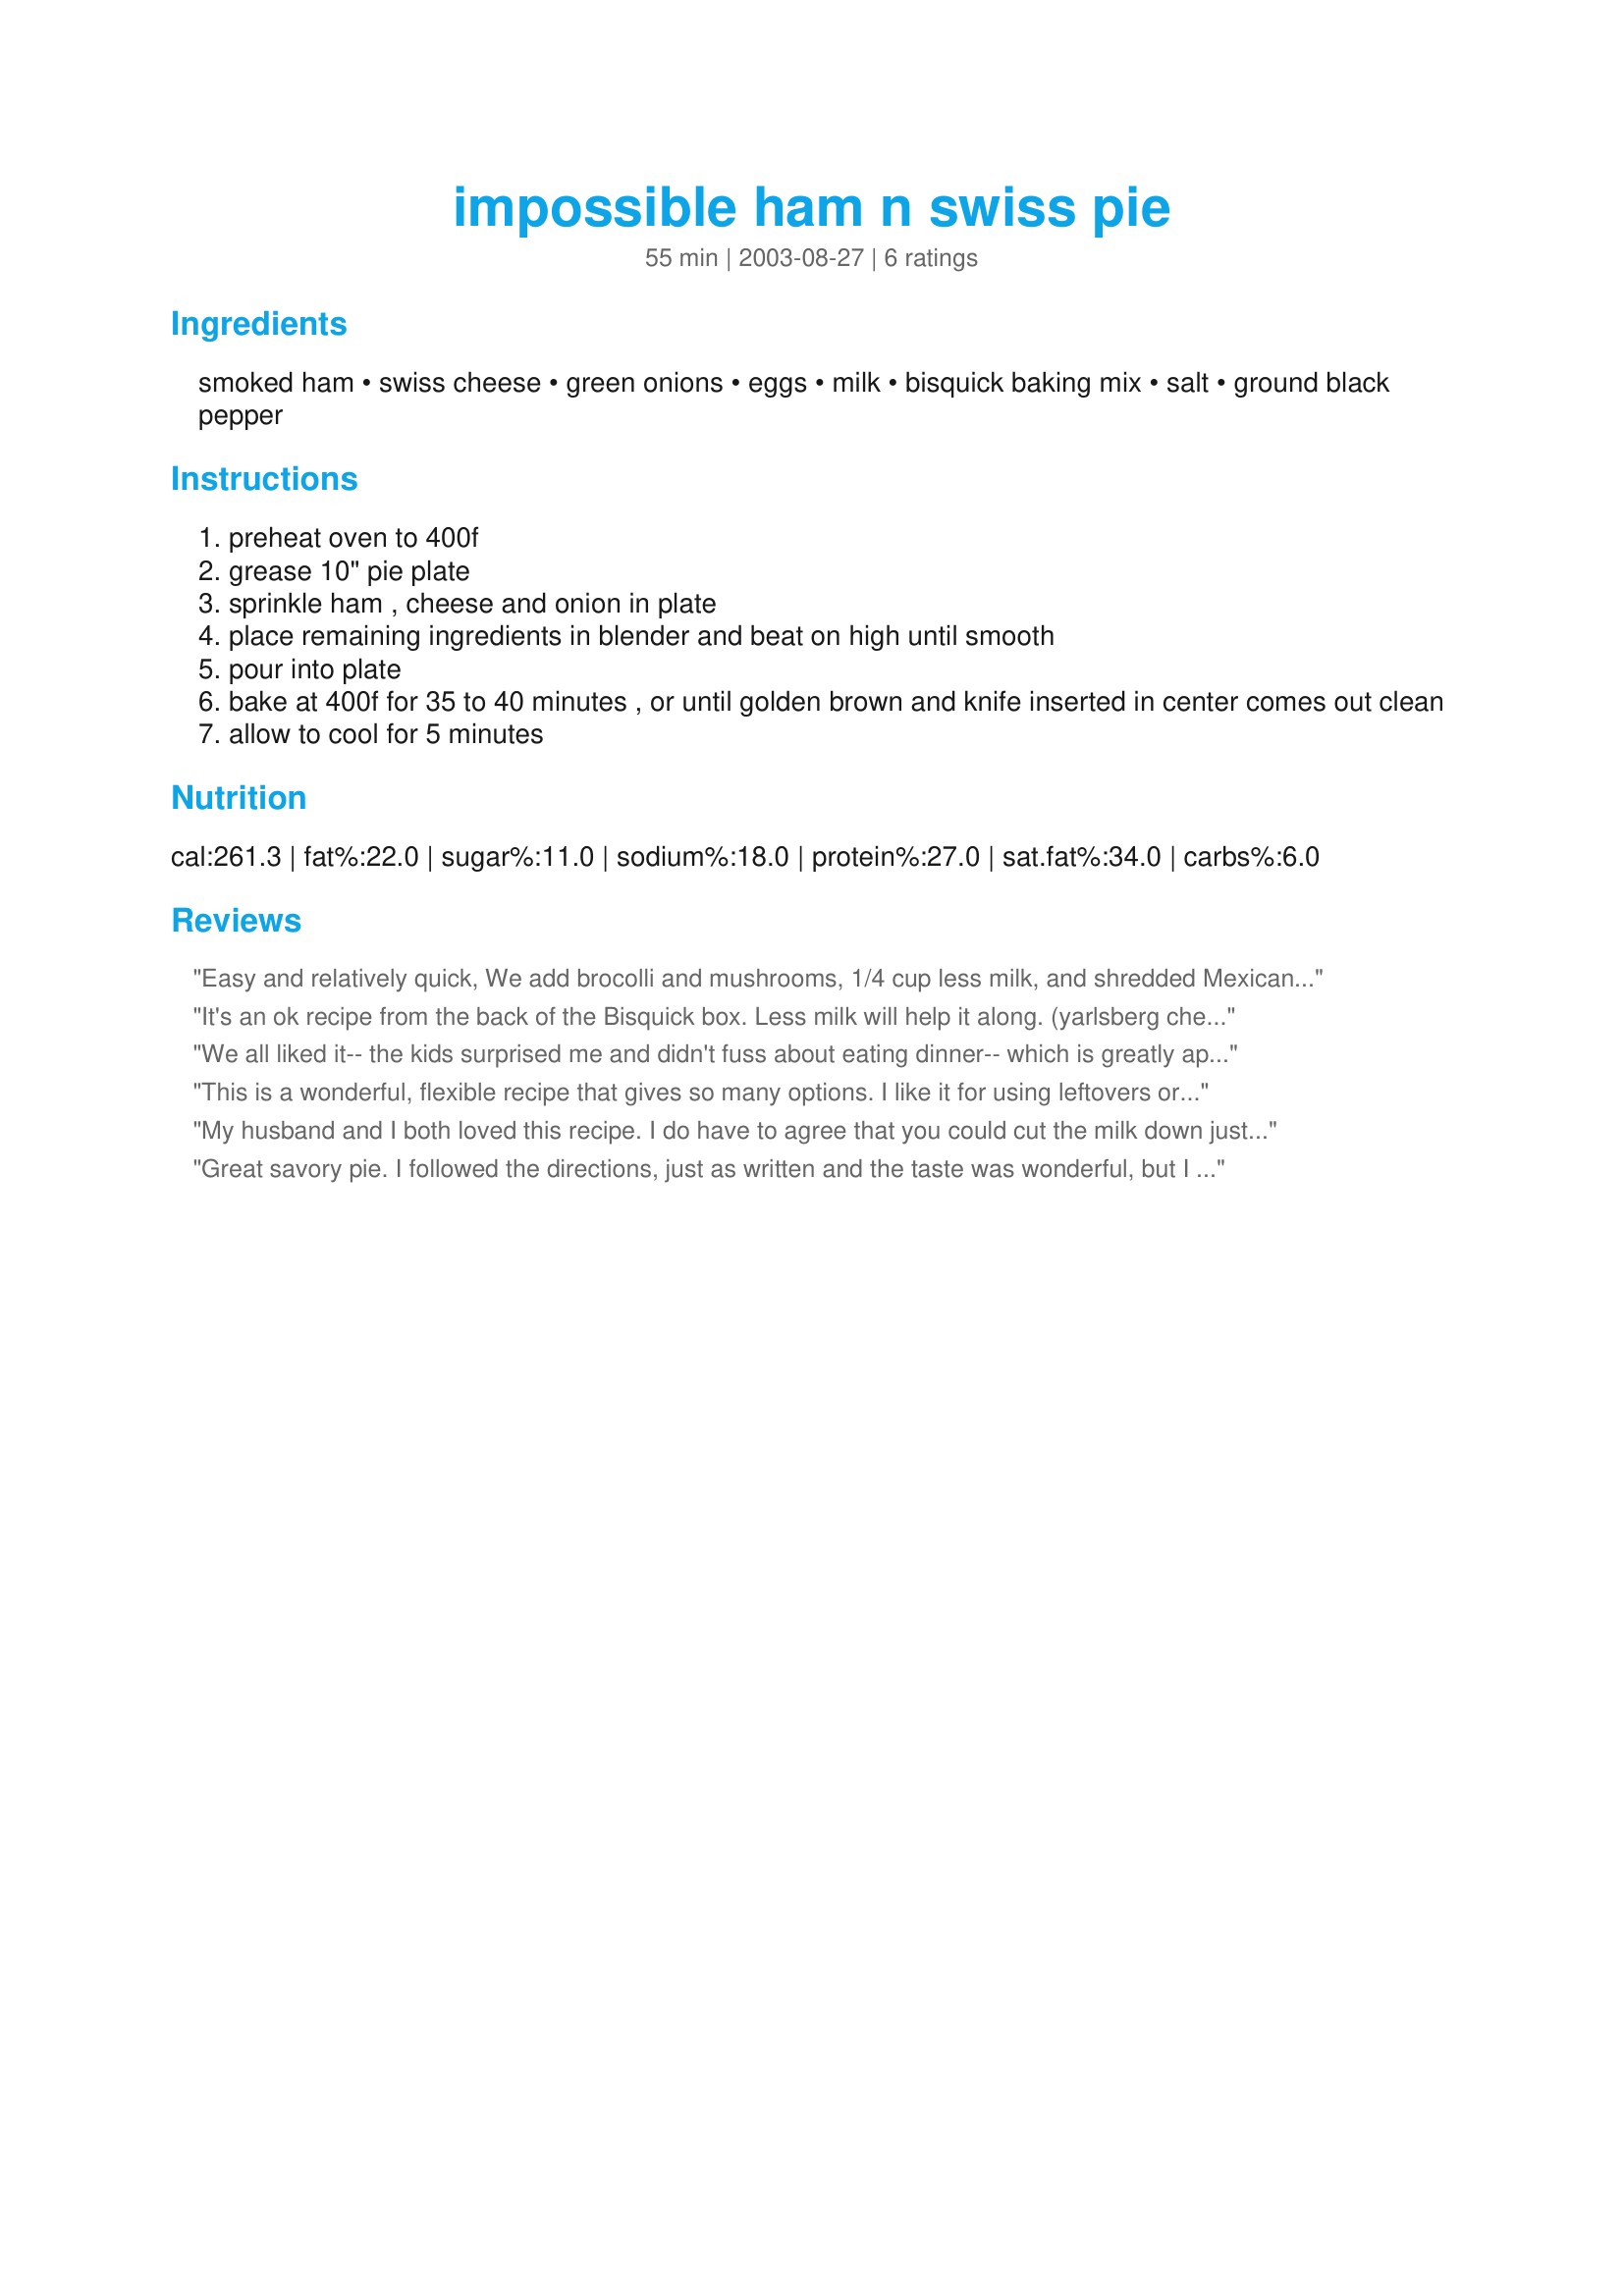
impossible ham n swiss pie
Preparation time: 55 minutes

Ingredients:
smoked ham, swiss cheese, green onions, eggs, milk, bisquick baking mix, salt, ground black pepper

Steps:
preheat oven to 400f
grease 10" pie plate
sprinkle ham , cheese and onion in plate
place remaining ingredients in blender and beat on high until smooth
pour into plate
bake at 400f for 35 to 40 minutes , or until golden brown and knife inserted in center comes out clean
allow to cool for 5 minutes

Reviews:
Easy and relatively quick, We add brocolli and mushrooms, 1/4 cup less milk, and shredded Mexican cheese blend.
It's an ok recipe from the back of the Bisquick box. Less milk will help it along. (yarlsberg cheese is milder).
We all liked it-- the kids surprised me and didn't fuss about eating dinner-- which is greatly appreciated!! I used 1 1/2 cups milk and omitted the onions this time. Next time, I'll try and sneak them in.
This is a wonderful, flexible recipe that gives so many options. I like it for using leftovers or on days that I need something easy. Unlike a quiche, you don't need to make a separate crust. It tastes like quiche, though. If you want a very easy cleanup line your dish with tin foil and spray with Pam or some such oil spray. The leftovers can be heated gently for lunch the next day. I like to add white pepper to this dish as it adds a more delicate flavor and heat. I've made it for friends when we've had little money. My sons and father like it also which makes it a good meal when I need to feed them. <br/>Red pepper sauteed or chopped goes well with the egg, cheese and ham. Any vegetable goes well with this dish except cruciferous vegetables which are too strongly flavored. Cut the vegetables up well enough so that the pie does not pull apart messily when you serve it especially spinach or chard. Next time I intend to use a spring form pan to see if I can make it even easier to cut and serve. Thank you for the excellent recipe Andy Wold.
My husband and I both loved this recipe. I do have to agree that you could cut the milk down just a little. We thought about adding vegetables but, decided to try it as is this time and it was great!! Next time we might add some broccoli or other vegetable.
Great savory pie. I followed the directions, just as written and the taste was wonderful, but I think next time I will only use 1 1/2 cups milk. The crust mixture was just a little too thin for my liking. But overall a really good recipe.
